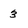
Character: 3